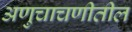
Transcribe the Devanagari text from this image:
अणुचाचणीतील